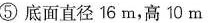
⑤底面直径16m，高10m